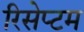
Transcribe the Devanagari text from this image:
रिसेप्टम